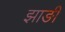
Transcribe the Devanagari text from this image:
झाङी